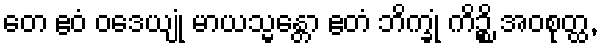
တေ ဧဝံ ဝဒေယျုံ မာယသ္မန္တော ဧတံ ဘိက္ခုံ ကိဉ္စိ အဝစုတ္ထ,